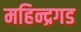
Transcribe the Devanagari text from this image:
महिन्द्रगड